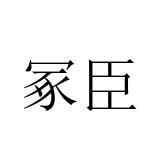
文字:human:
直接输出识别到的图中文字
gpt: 冢臣